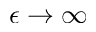
\epsilon \to \infty